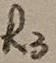
Text: R3